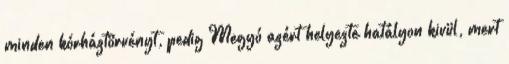
minden kórháztörvényt, pedig Megyó azért helyezte hatályon kivül, mert